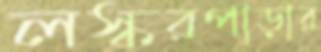
লস্করপাড়ার